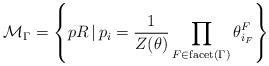
LaTeX: \begin{align*}\mathcal{M}_{\Gamma} = \left\lbrace p R \, \vert \, p_{i} = \dfrac{1}{Z(\theta)} \prod\limits_{F \in \mathrm{facet}(\Gamma)} \theta^{F}_{i_{F}} \right\rbrace\end{align*}